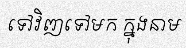
ទៅវិញទៅមក ក្នុងនាម